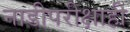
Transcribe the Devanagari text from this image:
नाडीपरीक्षाही